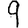
Digit: 9